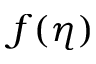
f ( \eta )